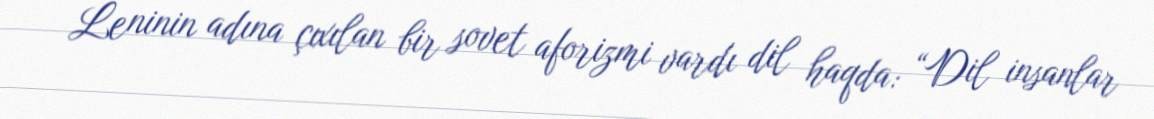
Leninin adına çıxılan bir sovet aforizmi vardı dil haqda: “Dil insanlar